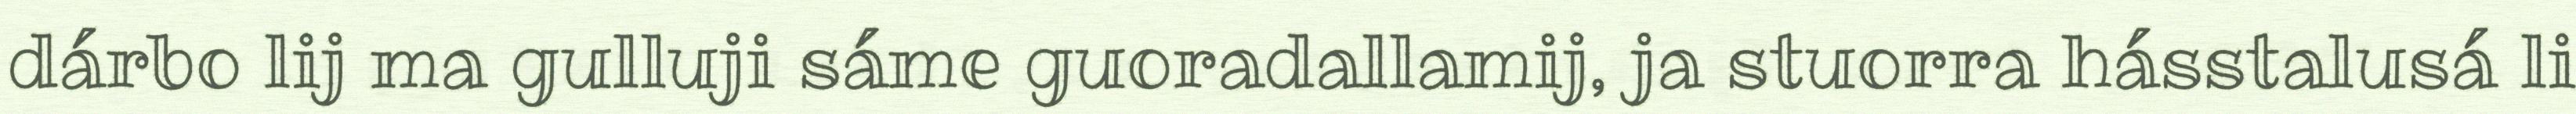
dárbo lij ma gulluji sáme guoradallamij, ja stuorra hásstalusá li